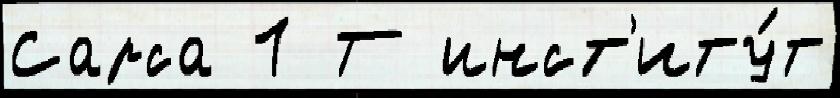
Сарса 1 Т инст'иту́т